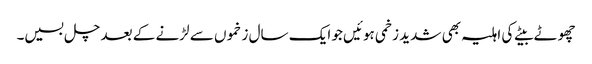
چھوٹے بیٹے کی اہلیہ بھی شدید زخمی ہوئیں جو ایک سال زخموں سے لڑنے کے بعد چل بسیں۔